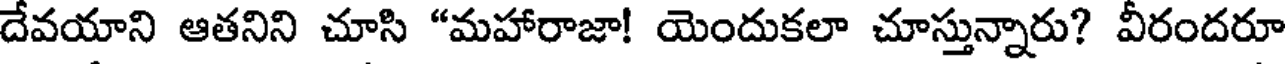
దేవయాని ఆతనిని చూసి "మహారాజా! యెందుకలా చూస్తున్నారు? వీరందరూ